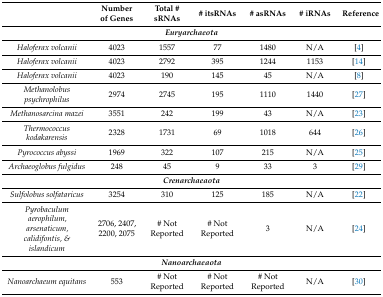
<table><thead><tr><td></td><td><b>Number of Genes</b></td><td><b>Total # sRNAs</b></td><td><b># itsRNAs</b></td><td><b># asRNAs</b></td><td><b># iRNAs</b></td><td><b>Reference</b></td></tr></thead><tbody><tr><td colspan="7"><b><i>Euryarchaeota</i></b></td></tr><tr><td><i>Haloferax volcanii</i></td><td>4023</td><td>1557</td><td>77</td><td>1480</td><td>N/A</td><td>[4]</td></tr><tr><td><i>Haloferax volcanii</i></td><td>4023</td><td>2792</td><td>395</td><td>1244</td><td>1153</td><td>[14]</td></tr><tr><td><i>Haloferax volcanii</i></td><td>4023</td><td>190</td><td>145</td><td>45</td><td>N/A</td><td>[8]</td></tr><tr><td><i>Methanolobus psychrophilus</i></td><td>2974</td><td>2745</td><td>195</td><td>1110</td><td>1440</td><td>[27]</td></tr><tr><td><i>Methanosarcina mazei</i></td><td>3551</td><td>242</td><td>199</td><td>43</td><td>N/A</td><td>[23]</td></tr><tr><td><i>Thermococcus kodakarensis</i></td><td>2328</td><td>1731</td><td>69</td><td>1018</td><td>644</td><td>[26]</td></tr><tr><td><i>Pyrococcus abyssi</i></td><td>1969</td><td>322</td><td>107</td><td>215</td><td>N/A</td><td>[25]</td></tr><tr><td><i>Archaeoglobus fulgidus</i></td><td>248</td><td>45</td><td>9</td><td>33</td><td>3</td><td>[29]</td></tr><tr><td colspan="7"><b><i>Crenarchaeaota</i></b></td></tr><tr><td><i>Sulfolobus solfataricus</i></td><td>3254</td><td>310</td><td>125</td><td>185</td><td>N/A</td><td>[22]</td></tr><tr><td><i>Pyrobaculum aerophilum, arsenaticum, calidifontis, &amp; islandicum</i></td><td>2706, 2407, 2200, 2075</td><td># Not Reported</td><td># Not Reported</td><td>3</td><td>N/A</td><td>[24]</td></tr><tr><td colspan="7"><b><i>Nanoarchaeaota</i></b></td></tr><tr><td><i>Nanoarchaeum equitans</i></td><td>553</td><td># Not Reported</td><td># Not Reported</td><td># Not Reported</td><td>N/A</td><td>[30]</td></tr></tbody></table>